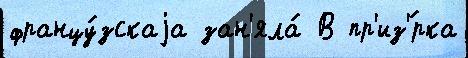
францу́зскаjа зан'яла́ В пр'из'́рка